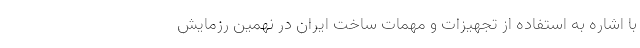
با اشاره به استفاده از تجهیزات و مهمات ساخت ایران در نهمین رزمایش